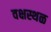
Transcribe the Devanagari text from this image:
वक्षस्थळ